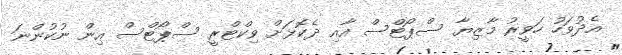
އެދުވަހު ހަވީރު މާޒިޔާ ސްޕޯޓްސް އާއި ދެކޮޅަށް ވިކްޓްރީ ސްޕޯޓްސް އިން ނުކުންނަ